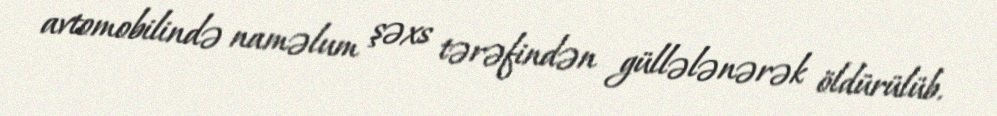
avtomobilində naməlum şəxs tərəfindən güllələnərək öldürülüb.